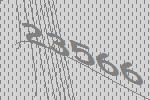
23566